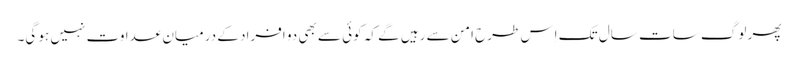
پھر لوگ سات سال تک اِس طرح اَمن سے رہیں گے کہ کوئی سے بھی دو افراد کے درمیان عداوت نہیں ہو گی۔